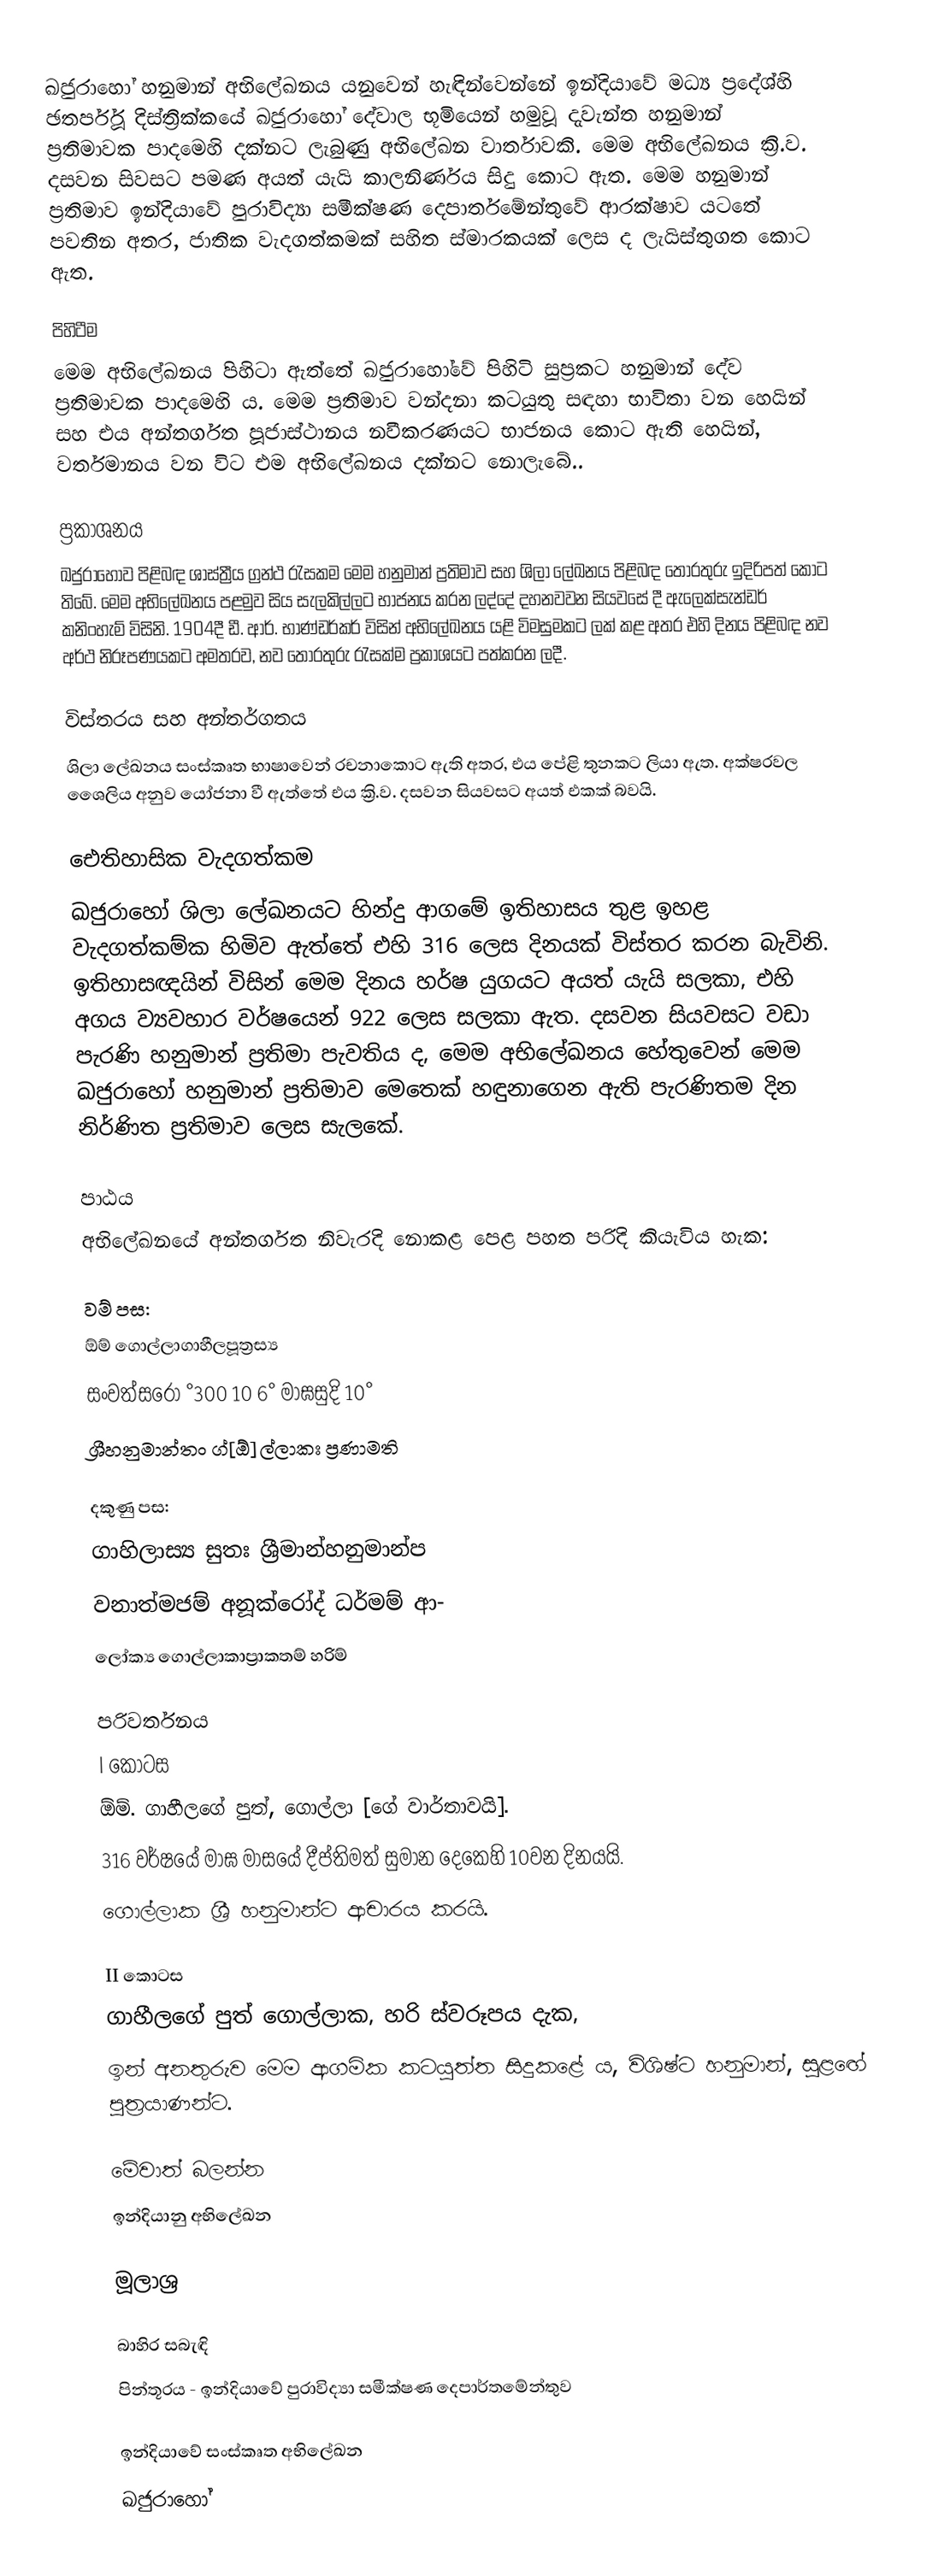
ඛජුරාහෝ හනුමාන් අභිලේඛනය යනුවෙන් හැඳින්වෙන්නේ ඉන්දියාවේ මධ්‍ය ප්‍රදේශ්හි ඡතර්පූර් දිස්ත්‍රික්කයේ ඛජුරාහෝ දේවාල භූමියෙන් හමුවූ දැවැන්ත හනුමාන් ප්‍රතිමාවක පාදමෙහි දක්නට ලැබුණු අභිලේඛන වාර්තාවකි. මෙම අභිලේඛනය ක්‍රි.ව. දසවන සිවසට පමණ අයත් යැයි කාලනිර්ණය සිදු කොට ඇත. මෙම හනුමාන් ප්‍රතිමාව ඉන්දියාවේ පුරාවිද්‍යා සමීක්ෂණ දෙපාර්තමේන්තුවේ ආරක්ෂාව යටතේ පවතින අතර, ජාතික වැදගත්කමක් සහිත ස්මාරකයක් ලෙස ද ලැයිස්තුගත කොට ඇත.

පිහිටීම
මෙම අභිලේඛනය පිහිටා ඇත්තේ ඛජුරාහෝවේ පිහිටි සුප්‍රකට හනුමාන් දේව ප්‍රතිමාවක පාදමෙහි ය. මෙම ප්‍රතිමාව වන්දනා කටයුතු සඳහා භාවිතා වන හෙයින් සහ එය අන්තර්ගත පූජාස්ථානය නවීකරණයට භාජනය කොට ඇති හෙයින්, වර්තමානය වන විට එම අභිලේඛනය දක්නට නොලැබේ..

ප්‍රකාශනය
ඛජුරාහෝව පිළිබඳ ශාස්ත්‍රීය ග්‍රන්ථ රැසකම මෙම හනුමාන් ප්‍රතිමාව සහ ශිලා ලේඛනය පිළිබඳ තොරතුරු ඉදිරිපත් කොට තිබේ. මෙම අභිලේඛනය පළමුව සිය සැලකිල්ලට භාජනය කරන ලද්දේ දහනවවන සියවසේ දී ඇලෙක්සැන්ඩර් කනිංහැම් විසිනි. 1904දී ඩී. ආර්. භාණ්ඩර්කර් විසින් අභිලේඛනය යළි විමසුමකට ලක් කළ අතර එහි දිනය පිළිබඳ නව අර්ථ නිරූපණයකට අමතරව, නව තොරතුරු රැසක්ම ප්‍රකාශයට පත්කරන ලදී.

විස්තරය සහ අන්තර්ගතය
ශිලා ලේඛනය සංස්කෘත භාෂාවෙන් රචනාකොට ඇති අතර, එය පේළි තුනකට ලියා ඇත. අක්ෂරවල ශෛලිය අනුව යෝජනා වී ඇත්තේ එය ක්‍රි.ව. දසවන සියවසට අයත් එකක් බවයි.

ඓතිහාසික වැදගත්කම
ඛජුරාහෝ ශිලා ලේඛනයට හින්දු ආගමේ ඉතිහාසය තුළ ඉහළ වැදගත්කම්ක හිමිව ඇත්තේ එහි 316 ලෙස දිනයක් විස්තර කරන බැවිනි. ඉතිහාසඥයින් විසින් මෙම දිනය හර්ෂ  යුගයට අයත් යැයි සලකා, එහි අගය ව්‍යවහාර වර්ෂයෙන් 922 ලෙස සලකා ඇත. දසවන සියවසට වඩා පැරණි හනුමාන් ප්‍රතිමා පැවතිය ද, මෙම අභිලේඛනය හේතුවෙන් මෙම ඛජුරාහෝ හනුමාන් ප්‍රතිමාව මෙතෙක් හඳුනාගෙන ඇති පැරණිතම දින නිර්ණිත ප්‍රතිමාව ලෙස සැලකේ.

පාඨය
අභිලේඛනයේ අන්තර්ගත නිවැරදි නොකළ පෙළ පහත පරිදි කියැවිය හැක:

වම් පස:
 ඕම් ගොල්ලාගාහීලපූත්‍රස්‍ය
 සංවත්සරෝ °300 10 6° මාඝසුදි 10°
 ශ්‍රීහනුමාන්තං ග්[ඕ]ල්ලාකඃ ප්‍රණාමති

දකුණු පස:
 ගාහිලාස්‍ය සුතඃ ශ්‍රීමාන්හනුමාන්ප
 වනාත්මජම් අනූක්රෝද් ධර්මම් ආ-
 ලෝක්‍ය ගොල්ලාකාප්‍රාකතම් හරිම්

පරිවර්තනය
I කොටස
ඕම්. ගාහීලගේ පුත්, ගොල්ලා [ගේ වාර්තාවයි].
316 වර්ෂයේ මාඝ මාසයේ දීප්තිමත් සුමාන දෙකෙහි 10වන දිනයයි.
ගොල්ලාක ශ්‍රී හනුමාන්ට ආචාරය කරයි.

II කොටස
ගාහීලගේ පුත් ගොල්ලාක, හරි ස්වරූපය දැක,
 ඉන් අනතුරුව මෙම ආගමික කටයුත්ත සිදුකළේ ය, විශිෂ්ට හනුමාන්, සුළ‍ඟේ පුත්‍රයාණන්ට.

මේවාත් බලන්න
ඉන්දියානු අභිලේඛන

මූලාශ්‍ර

බාහිර සබැඳි
 පින්තූරය - ඉන්දියාවේ පුරාවිද්‍යා සමීක්ෂණ දෙපාර්තමේන්තුව

ඉන්දියාවේ සංස්කෘත අභිලේඛන
ඛජුරාහෝ